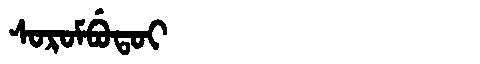
Manchu: ᠰᠣᡵᠣᠮᠪᡠᡨᠣᡳ
Romanization: SOROMBUTOI